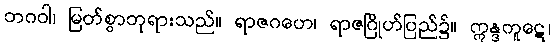
ဘဂဝါ၊ မြတ်စွာဘုရားသည်။ ရာဇဂဟေ၊ ရာဇဂြိုဟ်ပြည်၌။ ဣန္ဒကူဋေ၊